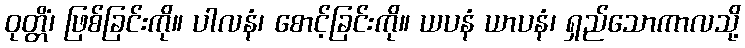
ဝုတ္တိံ၊ ဖြစ်ခြင်းကို။ ပါလနံ၊ စောင့်ခြင်းကို။ ယပနံ ယာပနံ၊ ရှည်သောကာလသို့